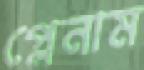
প্লেনাম